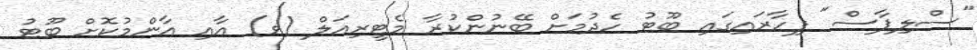
"ސްލިޕާސް" ފިހާރައިގައި ބޫޓު ހެދުމަށް ބޭނުންކުރާ މެޓީރިއަލް (ވ) އާއި އާންމުކޮށް ބޫޓު